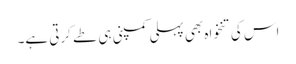
اس کی تنخواہ بھی پہلی کمپنی ہی طے کرتی ہے۔